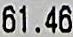
61.46